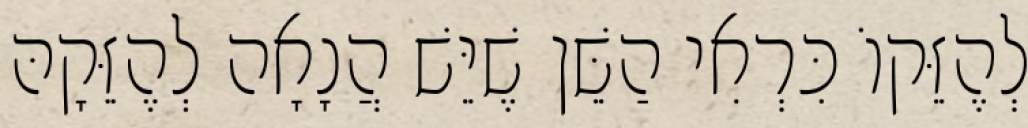
לְהֶזֵּקוֹ כִּרְאִי הַשֵּׁן שֶׁיֵּשׁ הֲנָאָה לְהֶזֵּקָהּ